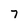
Character: 7